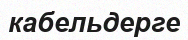
кабельдерге